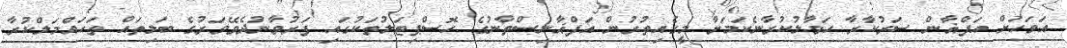
އަވަހަށް އަފްޣާން ސަރުކާރާ ހަވާލުކުރާނެކަމަށާ މީގެއިތުރުން އަފްޣާނިސްތާނުގެ ހޮސްޕިޓަލުތަކުގައި ފަރުވާނުދެވޭވަރުގެ ބަލިތައް ތަހައްމަލްކުރާ